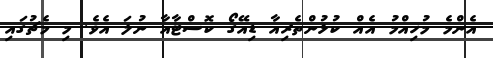
އެންމެ މުހިއްމު އެއް ކުޅުންތެރިއާ ޑިއޭގޯ ކޮސްޓާއާ ނުލަ އެވެ. މި މެޗުގައި